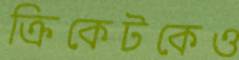
ক্রিকেটকেও